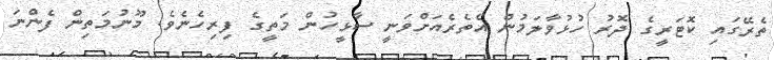
ތެރޭގައި ކޮޓަރީގެ ދޮރު ހުޅުވާލަމުން އެތެރެއަށްވަނީ ސާޅީހުން މަތީގެ ފިރިހެނެވެ. މޫނުމަތިން ފެންނަ